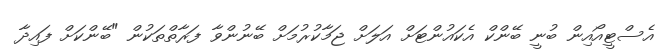
އެސްޓީއޯއިން ބުނީ ބޭންކް އެކައުންޓަށް އަލަށް ޖަމާކުރުމަށް ބޭނުންވާ ފަރާތްތަކުން "ބޭންކަށް ފައިދާ